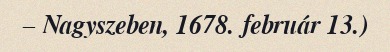
– Nagyszeben, 1678. február 13.)